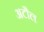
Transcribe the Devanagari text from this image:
अटौल